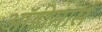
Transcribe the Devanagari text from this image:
ऑडीमार्स